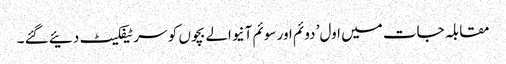
مقابلہ جات میں اول’ دوئم اور سوئم آنیوالے بچوں کو سرٹیفکیٹ دئیے گئے ۔